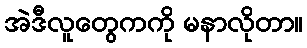
အဲဒီလူတွေကကို မနာလိုတာ။